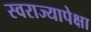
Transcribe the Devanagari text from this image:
स्वराज्यापेक्षा